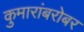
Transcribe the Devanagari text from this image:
कुमारांबरोबर